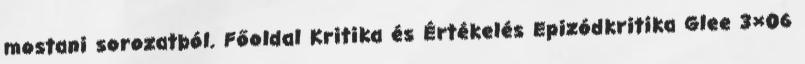
mostani sorozatból. Főoldal Kritika és Értékelés Epizódkritika Glee 3×06